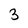
Character: 3